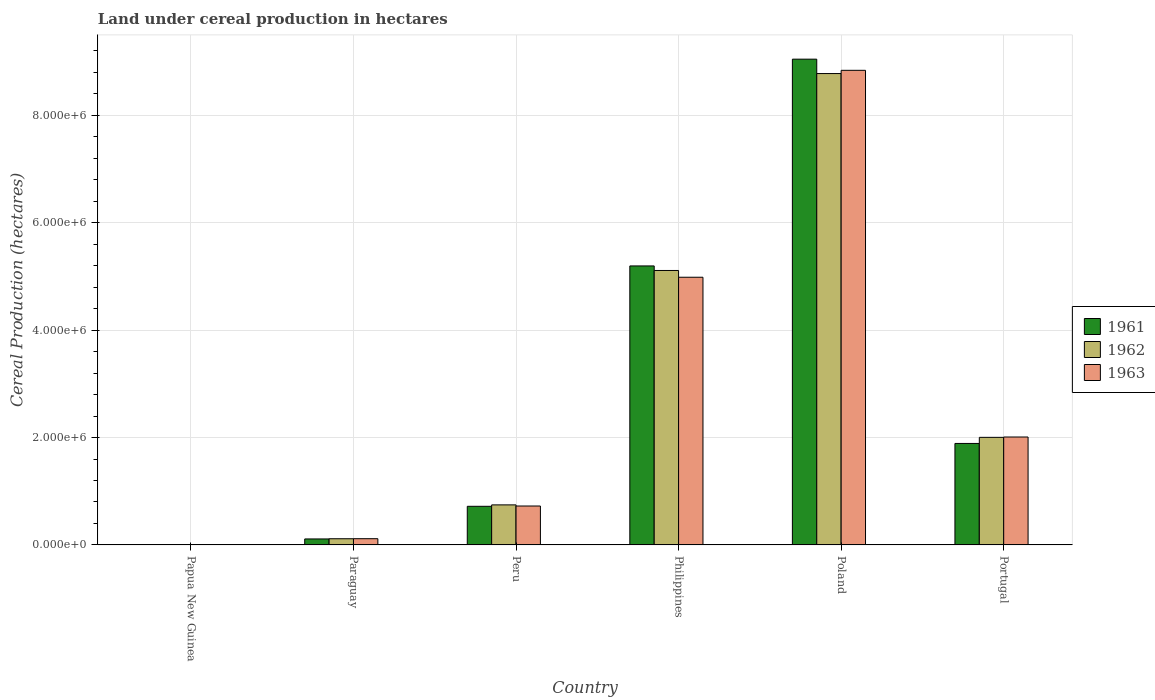
| Country | 1961 | 1962 | 1963 |
 | --- | --- | --- | --- |
 | Papua New Guinea | 659 | 728 | 737 |
 | Paraguay | 1.12e+05 | 1.15e+05 | 1.16e+05 |
 | Peru | 7.19e+05 | 7.46e+05 | 7.25e+05 |
 | Philippines | 5.2e+06 | 5.11e+06 | 4.99e+06 |
 | Poland | 9.05e+06 | 8.78e+06 | 8.84e+06 |
 | Portugal | 1.89e+06 | 2e+06 | 2.01e+06 |